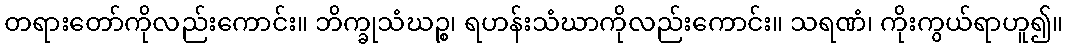
တရားတော်ကိုလည်းကောင်း။ ဘိက္ခုသံဃဉ္စ၊ ရဟန်းသံဃာကိုလည်းကောင်း။ သရဏံ၊ ကိုးကွယ်ရာဟူ၍။